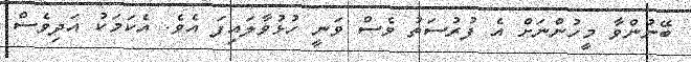
ބޭނުންވާ މީހުންނަށް އެ ފުރުސަތު ވެސް ވަނީ ހުޅުވާލައިފަ އެވެ. އެކަމަކު އަދިވެސް